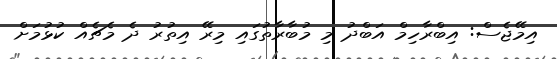
އިމޭޖެސް: އިބްރާހިމް އަބްދު މި މުބާރާތުގައި މިރޭ އިތުރު ދެ މެޗެއް ކުޅުމަށް